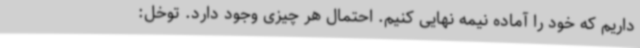
داریم که خود را آماده نیمه نهایی کنیم. احتمال هر چیزی وجود دارد. توخل: